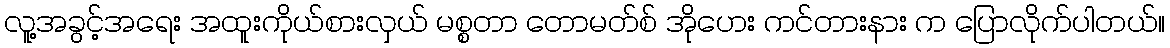
လူ့အခွင့်အရေး အထူးကိုယ်စားလှယ် မစ္စတာ တောမတ်စ် အိုဟေး ကင်တားနား က ပြောလိုက်ပါတယ်။